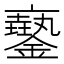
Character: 𨮲